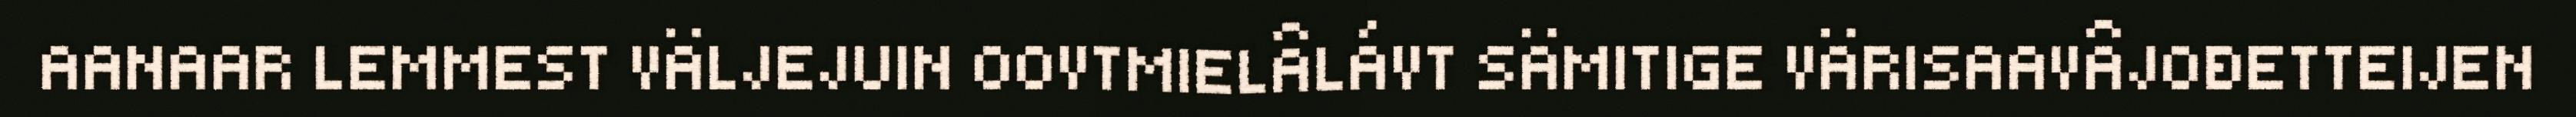
AANAAR LEMMEST VÄLJEJUIN OOVTMIELÂLÁVT SÄMITIGE VÄRISAAVÂJOĐETTEIJEN